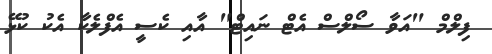
ފިލްމް "އަވާ ސޯލްސް އެޓް ނައިޓް" އާއި ކެސީ އެފްލެކާ އެކު ކުޅޭ